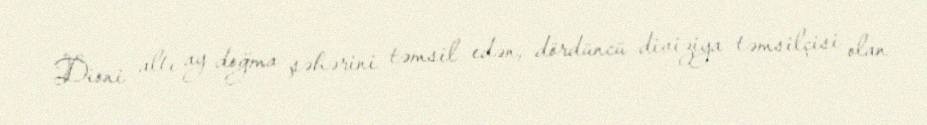
Dioni altı ay doğma şəhərini təmsil edən, dördüncü diviziya təmsilçisi olan